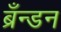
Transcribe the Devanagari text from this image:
ब्रँन्डन